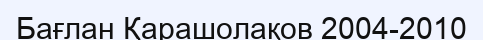
Бағлан Қарашолақов 2004-2010